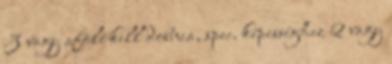
3 vagy afölé kell dobnia, spec. képességhez 2 vagy